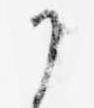
か